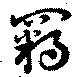
羈